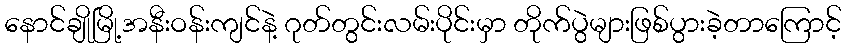
နောင်ချိုမြို့အနီးဝန်းကျင်နဲ့ ဂုတ်တွင်းလမ်းပိုင်းမှာ တိုက်ပွဲများဖြစ်ပွားခဲ့တာကြောင့်